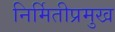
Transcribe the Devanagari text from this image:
निर्मितीप्रमुख